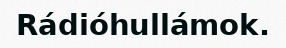
Rádióhullámok.